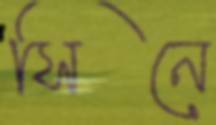
সিনে